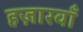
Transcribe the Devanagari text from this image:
हज़ारवाँ